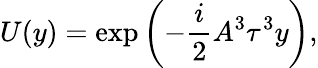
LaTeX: U(y)=\exp\left(-\frac{i}{2}A^{3}\tau^{3}y\right),